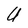
Character: U